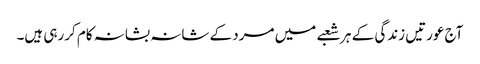
آج عورتیں زندگی کے ہر شعبے میں مرد کے شانہ بشانہ کام کررہی ہیں۔